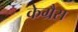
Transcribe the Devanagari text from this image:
केग्रैस